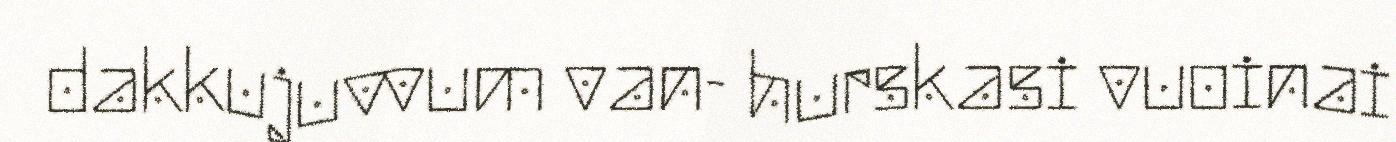
dakkujuvvum van- hurskasi vuoinai